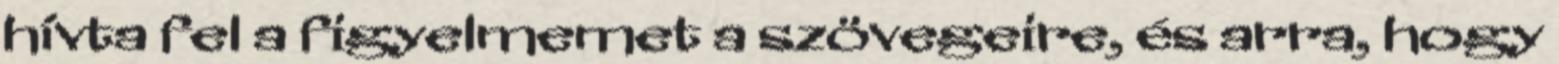
hívta fel a figyelmemet a szövegeire, és arra, hogy